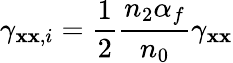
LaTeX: \gamma_{\mathbf{x}\mathbf{x},i}=\frac{{1}}{{2}}\frac{{n_{2}\alpha_{f}}}{{n_{0}}}\gamma_{\mathbf{x}\mathbf{x}}